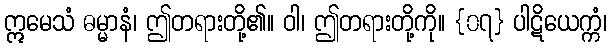
ဣမေသံ ဓမ္မာနံ၊ ဤတရားတို့၏။ ဝါ၊ ဤတရားတို့ကို။ {၀၇} ပါဋိယေက္ကံ၊